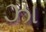
ઝા